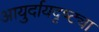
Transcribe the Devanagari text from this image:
आयुर्दायदृष्ट्या